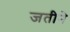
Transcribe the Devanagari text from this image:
जतीने